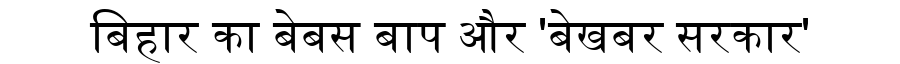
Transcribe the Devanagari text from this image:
बिहार का बेबस बाप और 'बेखबर सरकार'